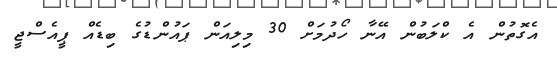
އެގޮތުން އެ ކްލަބުން އޭނާ ހޯދުމަށް 30 މިލިއަން ޕައުންޑުގެ ބިޑެއް ޕީއެސްޖީ